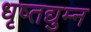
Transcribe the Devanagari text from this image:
धृष्तद्युम्न